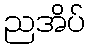
ညအိပ်